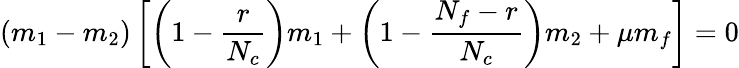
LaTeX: (m_{1}-m_{2})\left[\left(1-\frac{r}{N_{c}}\right)m_{1}+\left(1-\frac{N_{f}-r}{N_{c}}\right)m_{2}+\mu m_{f}\right]=0